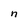
Character: n